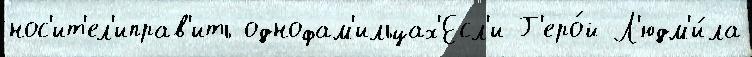
нос'ит'ел'иправ'ить однофам'ильцах'Есл'и Г'еро́й Л'юдм'и́ла